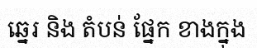
ឆ្នេរ និង តំបន់ ផ្នែក ខាងក្នុង